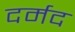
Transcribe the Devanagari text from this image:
दर्मद